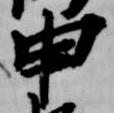
申